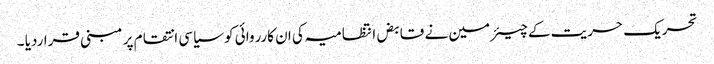
تحریک حریت کے چیئرمین نے قابض انتظامیہ کی ان کارروائی کو سیاسی انتقام پر مبنی قراردیا ۔